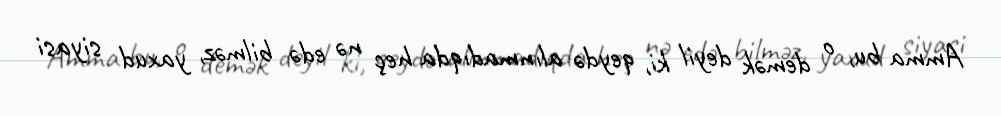
Amma bu, o demək deyil ki, qeydə alınmadıqda heç nə edə bilməz, yaxud siyasi